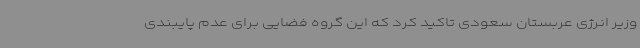
وزیر انرژی عربستان سعودی تاکید کرد که این گروه فضایی برای عدم پایبندی